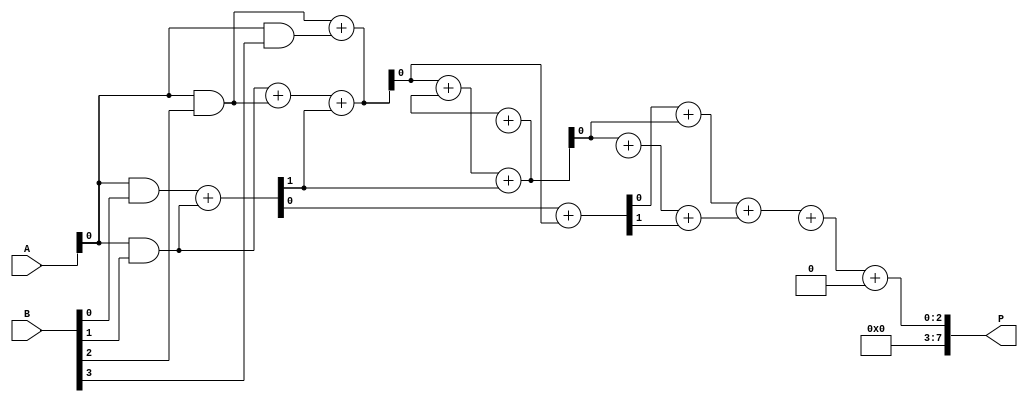
module wallace_tree_multiplier #(parameter n = 4) (
    input [n-1:0] A,
    input [n-1:0] B,
    output reg [2*n-1:0] P
);

    // Partial product generation
    wire [n-1:0] pp [0:n-1]; // Partial products
    genvar i, j;
    generate
        for (i = 0; i < n; i = i + 1) begin : pp_gen
            assign pp[i] = A & {n{B[i]}}; // AND operation to generate partial products
        end
    endgenerate

    // Reduction stage
    wire [2*n-1:0] sum [0:n-1]; // Sums of the partial products
    wire [n-1:0] carry [0:n-1];  // Carries from the adders

    // Stage 1: Combine partial products using HA and FA
    generate
        for (i = 0; i < n-1; i = i + 1) begin : stage1
            if (i % 2 == 0) begin
                // Half Adder for even indexed bits
                assign {carry[0][i/2], sum[0][i/2]} = pp[i][0] + pp[i+1][0];
            end else begin
                // Full Adder for odd indexed bits
                assign {carry[0][(i-1)/2 + 1], sum[0][(i-1)/2 + 1]} = pp[i][0] + pp[i+1][0] + carry[0][(i-1)/2];
            end
        end
    endgenerate

    // Subsequent stages
    generate
        for (j = 1; j < n; j = j + 1) begin : reduction_stages
            for (i = 0; i < (n - j); i = i + 1) begin : stage
                if (i % 2 == 0) begin
                    // Half Adder for even indexed bits
                    assign {carry[j][i/2], sum[j][i/2]} = sum[j-1][i] + sum[j-1][i+1];
                end else begin
                    // Full Adder for odd indexed bits
                    assign {carry[j][(i-1)/2 + 1], sum[j][(i-1)/2 + 1]} = sum[j-1][i] + sum[j-1][i+1] + carry[j-1][(i-1)/2];
                end
            end
        end
    endgenerate

    // Final addition of the last two rows of partial products
    wire [2*n-1:0] final_sum;
    wire [2*n-1:0] final_carry;

    assign {final_carry, final_sum} = sum[n-1][0] + sum[n-1][1];

    // Assign final product
    always @(*) begin
        P = final_sum + final_carry;
    end

endmodule